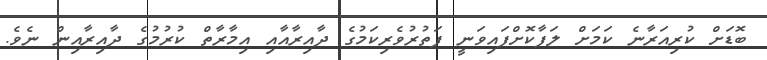
ބޮޑަށް ކުރިއަރާނެ ކަމަށް ލަފާކޮށްފައިވަނީ ފަތުރުވެރިކަމުގެ ދާއިރާއާއި އިމާރާތް ކުރުމުގެ ދާއިރާއިން ނެވެ.